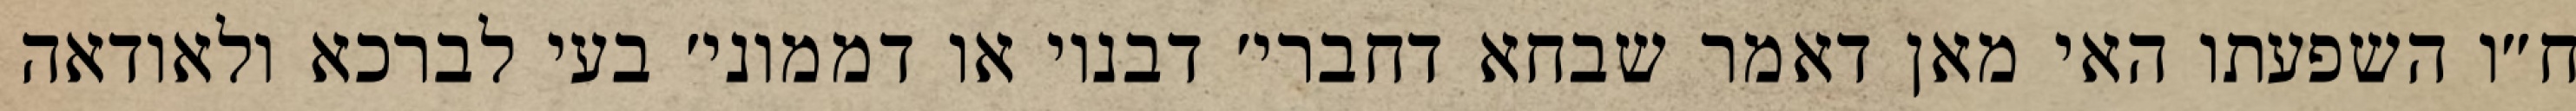
ח״ו השפעתו האי מאן דאמר שבחא דחברי׳ דבנוי או דממוני׳ בעי לברכא ולאודאה